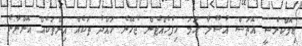
ޑިމޮކްރެސީ އޮތަސް އުސޫލާ ހަމަ ހިފެހެއްޓެން ޖެހޭނެ ހައްދު ތަކެއް އިންތަކެއް އޮންނާނެ.